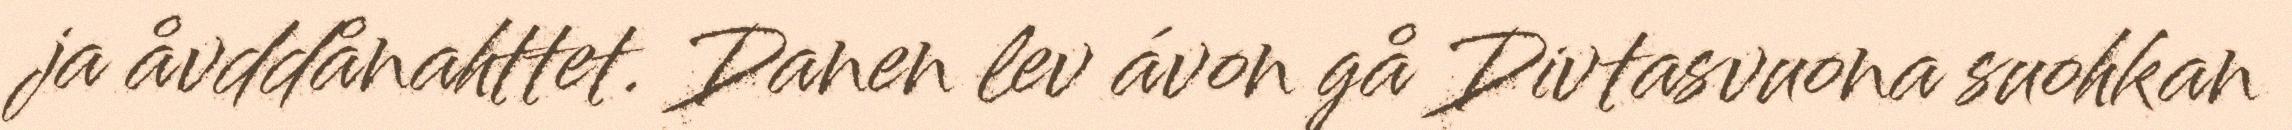
ja åvddånahttet. Danen lev ávon gå Divtasvuona suohkan